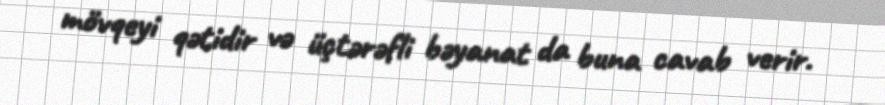
mövqeyi qətidir və üçtərəfli bəyanat da buna cavab verir.